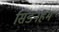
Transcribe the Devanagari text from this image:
सिडनहम